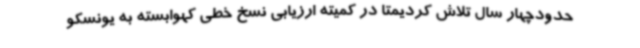
حدودچهار سال تلاش کردیمتا در کمیته ارزیابی نسخ خطی کهوابسته به یونسکو